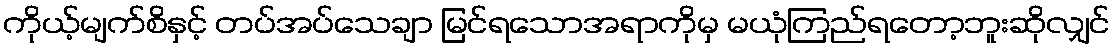
ကိုယ့်မျက်စိနှင့် တပ်အပ်သေချာ မြင်ရသောအရာကိုမှ မယုံကြည်ရတော့ဘူးဆိုလျှင်